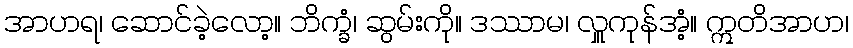
အာဟရ၊ ဆောင်ခဲ့လော့။ ဘိက္ခံ၊ ဆွမ်းကို။ ဒဿာမ၊ လှူကုန်အံ့။ ဣတိအာဟ၊